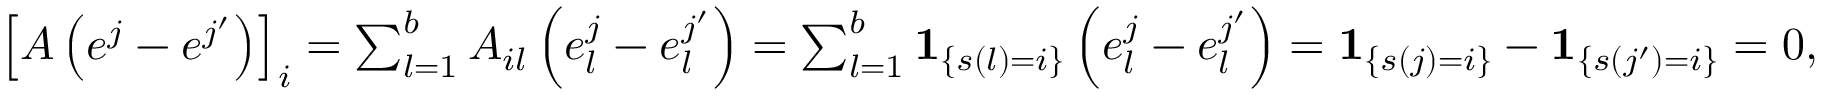
\begin{array} { r } { \left[ A \left( e ^ { j } - e ^ { j ^ { \prime } } \right) \right] _ { i } = \sum _ { l = 1 } ^ { b } A _ { i l } \left( e _ { l } ^ { j } - e _ { l } ^ { j ^ { \prime } } \right) = \sum _ { l = 1 } ^ { b } \mathbf { 1 } _ { \left\{ s ( l ) = i \right\} } \left( e _ { l } ^ { j } - e _ { l } ^ { j ^ { \prime } } \right) = \mathbf { 1 } _ { \left\{ s ( j ) = i \right\} } - \mathbf { 1 } _ { \left\{ s ( j ^ { \prime } ) = i \right\} } = 0 , } \end{array}